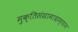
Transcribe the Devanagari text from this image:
मुक्तिसंग्रामादरम्यान